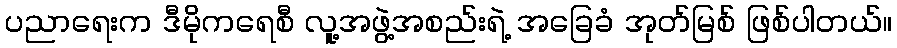
ပညာရေးက ဒီမိုကရေစီ လူ့အဖွဲ့အစည်းရဲ့ အခြေခံ အုတ်မြစ် ဖြစ်ပါတယ်။